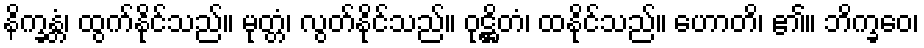
နိက္ခန္တံ၊ ထွက်နိုင်သည်။ မုတ္တံ၊ လွတ်နိုင်သည်။ ဝုဋ္ဌိတံ၊ ထနိုင်သည်။ ဟောတိ၊ ၏။ ဘိက္ခဝေ၊